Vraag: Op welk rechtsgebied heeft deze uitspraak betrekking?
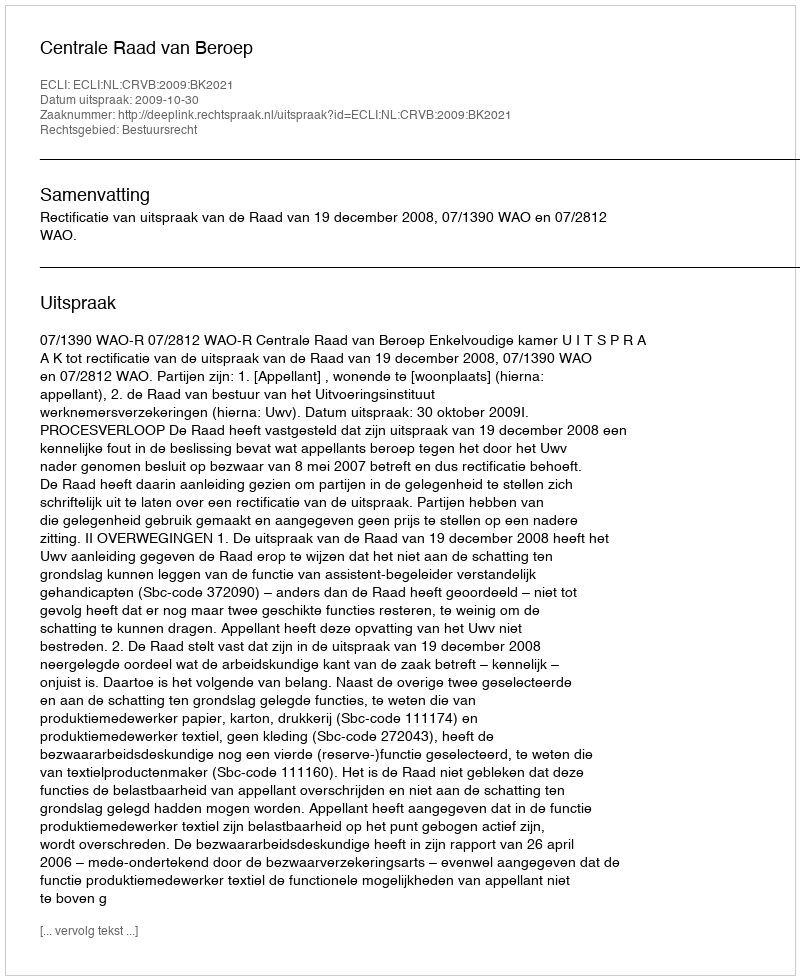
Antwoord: Bestuursrecht